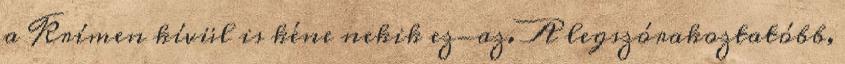
a Krímen kívül is kéne nekik ez-az. A legszórakoztatóbb,